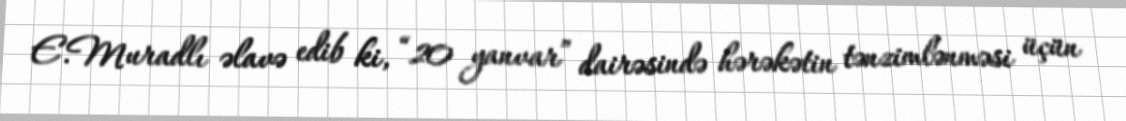
E.Muradlı əlavə edib ki, “20 yanvar” dairəsində hərəkətin tənzimlənməsi üçün